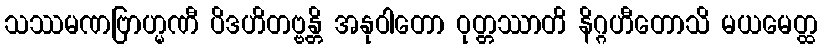
သဿမဏဗြာဟ္မဏီ ပိဒဟိတဗ္ဗန္တိ အနုဝါတော ဝုတ္တဿာတိ နိဂ္ဂဟီတောသိ မယမေတ္ထ